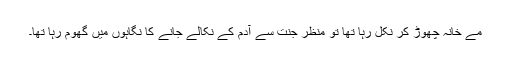
مے خانہ چھوڑ کر نکل رہا تھا تو منظر جنت سے آدم کے نکالے جانے کا نگاہوں میں گھوم رہا تھا۔